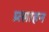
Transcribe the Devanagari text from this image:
प्र्त्साहन